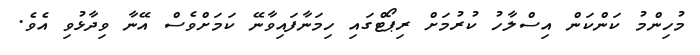
މުހިންމު ކަންކަން އިސްލާހު ކުރުމަށް ރިޕޯޓްގައި ހިމަނާފައިވާނޭ ކަމަށްވެސް އޭނާ ވިދާޅުވި އެވެ.